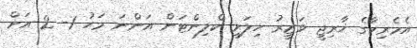
އެމެރިކާގެ ޚާރިޖީ ވަޒީރު ހިލަރީ ކްލިންޓަން އަންނަ މަހު 1- 2 އަށް